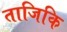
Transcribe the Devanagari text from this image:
ताजिकि